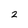
Character: 2